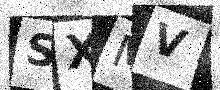
Text: SXMV